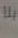
بلا